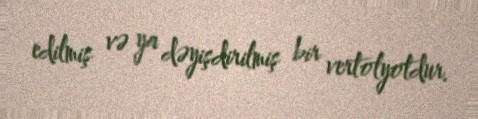
edilmiş və ya dəyişdirilmiş bir vertolyotdur.